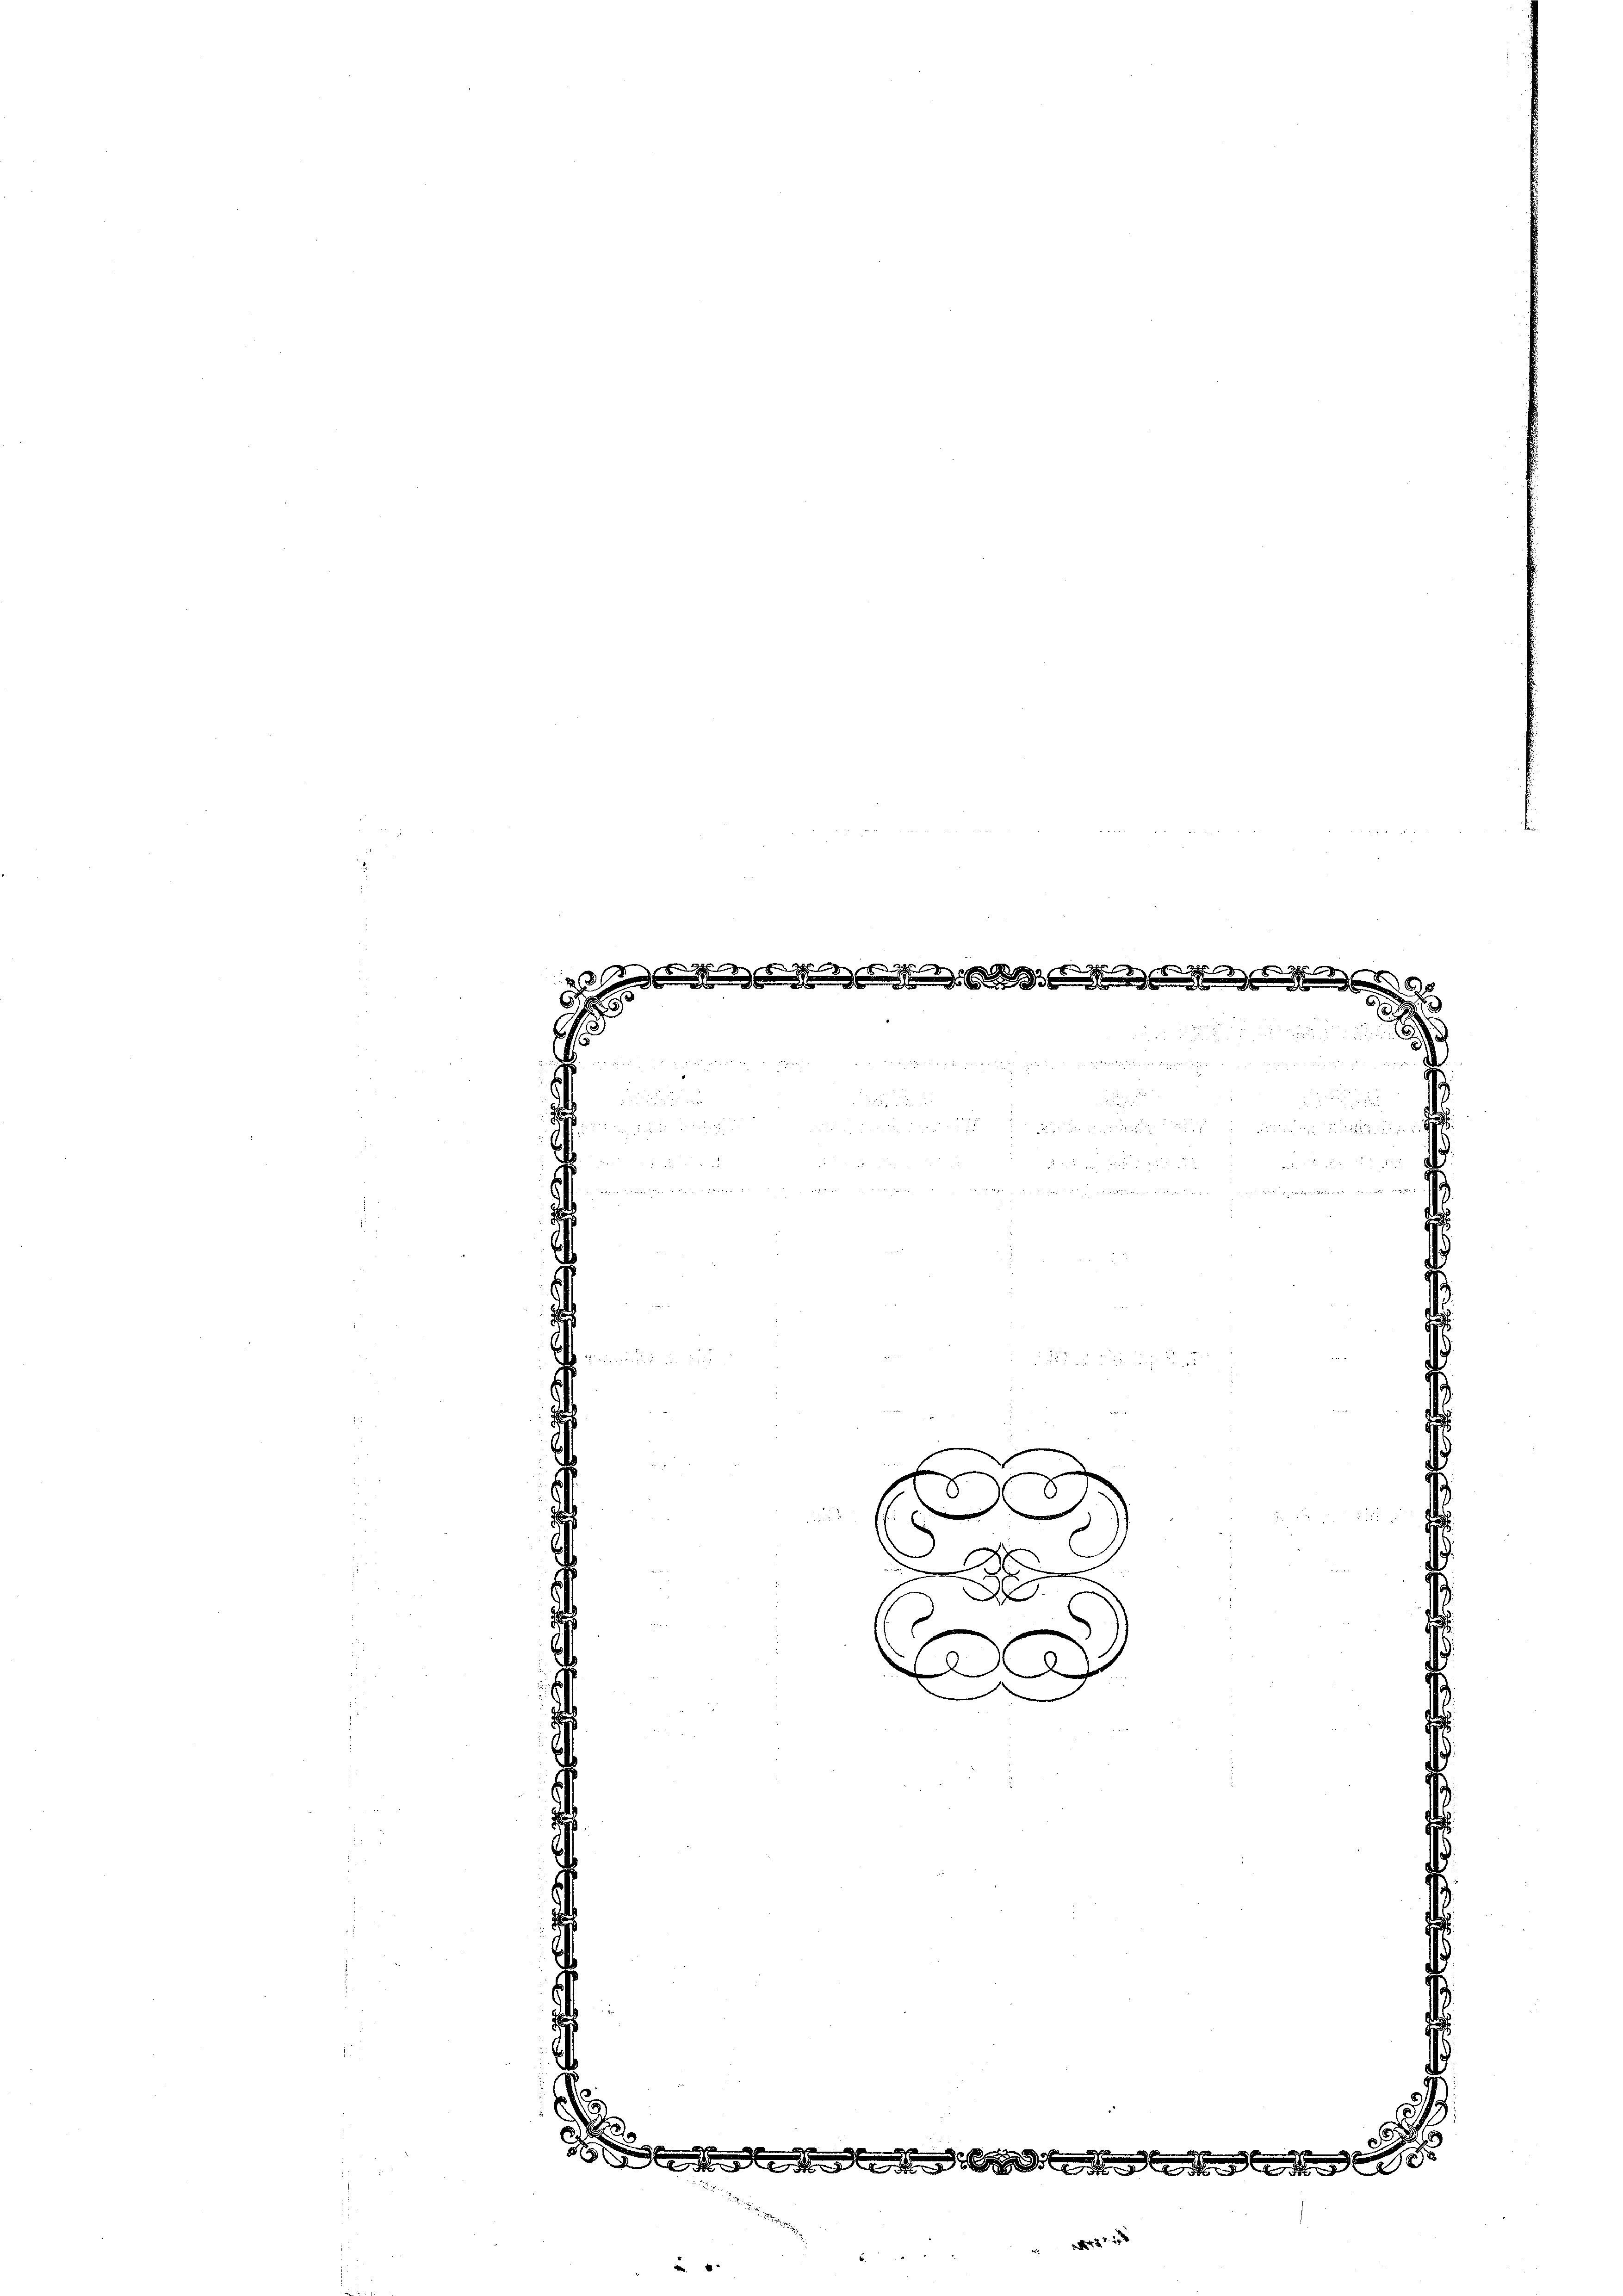
2
.

E

e
x

.

d